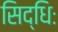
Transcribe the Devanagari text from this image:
सिद्धिः